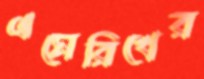
এমেরিখের